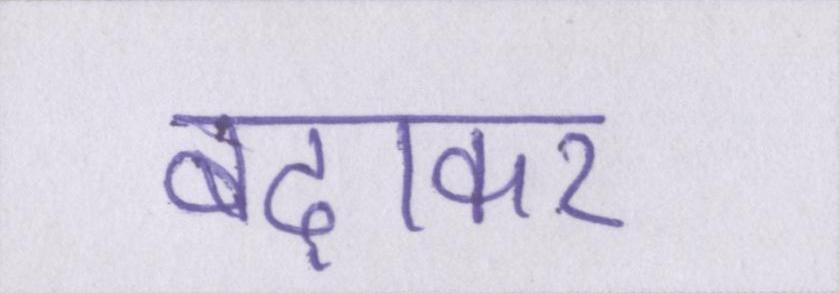
बढ़ाकर